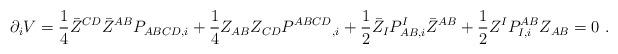
LaTeX: \begin{align*}\partial_i V ={1\over 4} \bar Z^{CD} \bar Z^{AB} P_{ABCD,i} + {1\over 4}Z_{AB} Z_{CD}P^{ABCD}{}_{,i} + {1\over 2} \bar Z_I P^I_{AB,i} \bar Z^{AB} +{1\over 2} Z^I P_{I,i} ^{AB} Z_{AB}=0 \ .\end{align*}